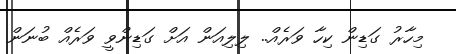
މިހާރު ގަޑިން ކިހާ ވަރެއް.. ލިލިއަން އަށް ގަޑިންވީ ވަރެއް ބުނަން